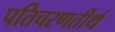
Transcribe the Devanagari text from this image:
पतिचरणतीर्थ